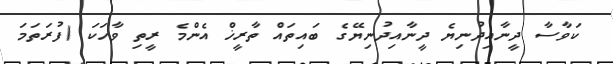
ކަވާސާ ދީނާއިދުނިޔެ ދީނާއިދުނިޔޭގެ ބައިތައް ތާރީޚް އެންމެ ރީތި ވާހަކަ (ފުރަތަމަ